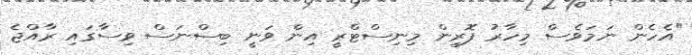
"އެހެން ނަމަވެސް މިހާރު ފޮރިން މިނިސްޓްރީ އިން ވަނީ ބިސްނަސް ވިސާގައި ރާއްޖެ